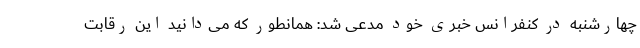
چهارشنبه در کنفرانس خبری خود مدعی شد: همانطور که می‌دانید این رقابت